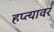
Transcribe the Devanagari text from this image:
हप्त्यावर